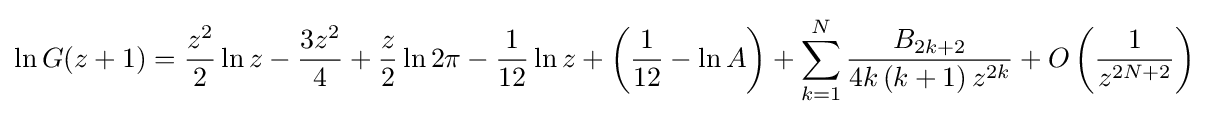
\ln G(z+1)={\frac {z^{2}}{2}}\ln z-{\frac {3z^{2}}{4}}+{\frac {z}{2}}\ln 2\pi -{\frac {1}{12}}\ln z+\left({\frac {1}{12}}-\ln A\right)+\sum _{k=1}^{N}{\frac {B_{2k+2}}{4k\left(k+1\right)z^{2k}}}+O\left({\frac {1}{z^{2N+2}}}\right)